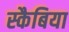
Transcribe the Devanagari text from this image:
स्कैबिया